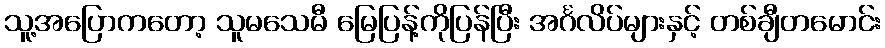
သူ့အပြောကတော့ သူမသေမီ မြေပြန့်ကိုပြန်ပြီး အင်္ဂလိပ်များနှင့် တစ်ချီတမောင်း